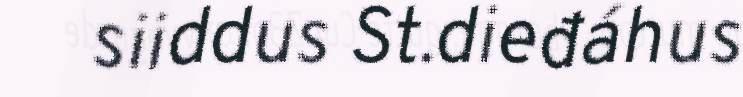
siiddus St.dieđáhus